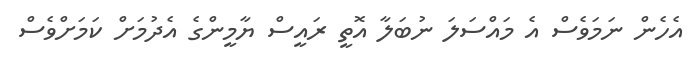
އެހެން ނަމަވެސް އެ މައްސަލަ ނުބަލާ އޮތީ ރައީސް ޔާމީންގެ އެދުމަށް ކަމަށްވެސް